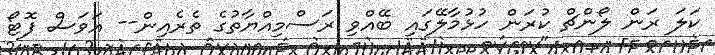
ކަލަ ރަން ލޯންޗް ކުރަން ހުޅުމާލޭގައި ބޭއްވި ރަސްމިއްޔާތުގެ ތެރެއިން-- އަވަސް ފޮޓޯ